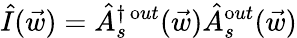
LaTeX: \hat{I}(\vec{w})=\hat{A}_{s}^{\dagger\, \mathrm out}(\vec{w})\hat{A}_{s}^{\mathrm out}(\vec{w})